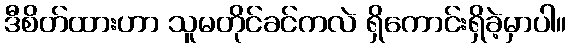
ဒီစိတ်ထားဟာ သူမတိုင်ခင်ကလဲ ရှိကောင်းရှိခဲ့မှာပါ။